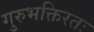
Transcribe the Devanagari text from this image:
गुरुभक्तिरतः